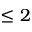
\leq 2